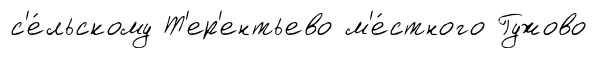
с'е́льскому Т'ер'ентьево м'е́стного Гужово